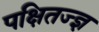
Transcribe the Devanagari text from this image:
पक्षितज्‍ज्ञ